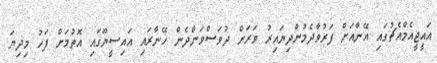
އައީޖީއެމްއެޗުގައި އޭނާއަށް ފަރުވާދެމުންދިޔައިރު ވަރަށް ދުވަސްވަންދެން ހޭނާރައި އައިސީޔޫގައި އޮތުމަށް ފަހު މިދިޔަ